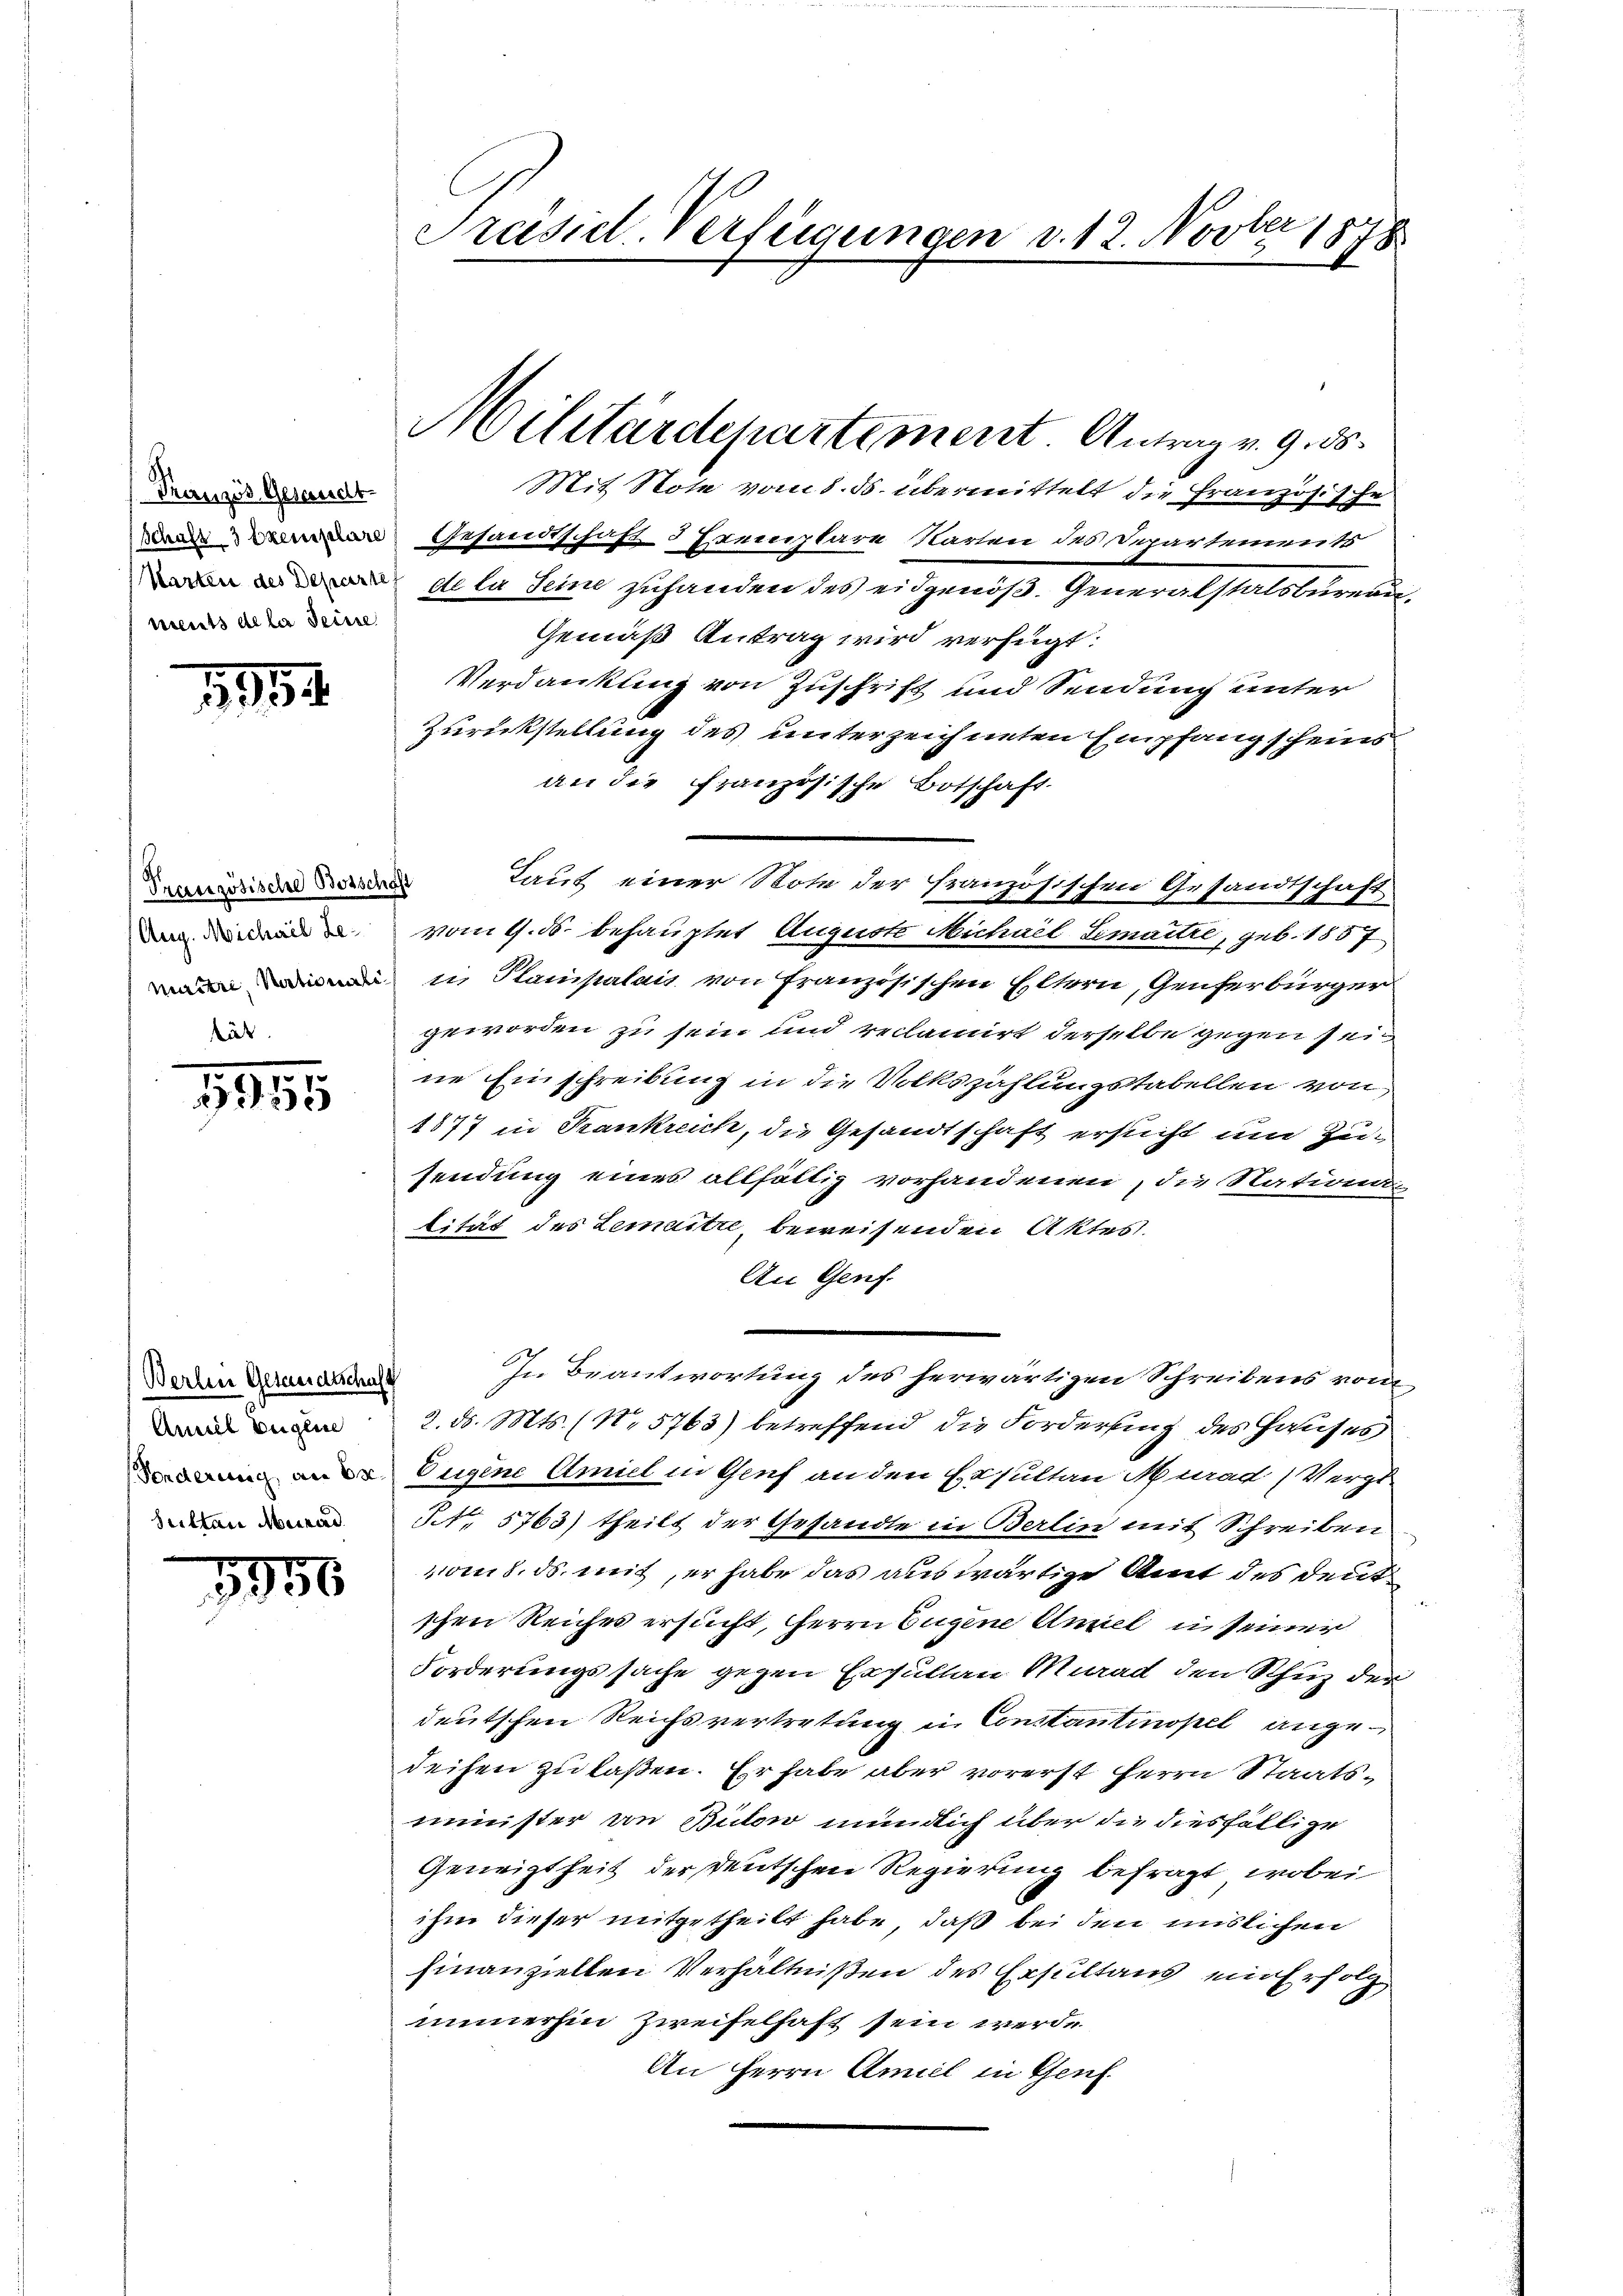
Französ. Gesandt-
ments de la Seine

1954

Pranzösische Botschaft

1895

Berlin Gesandtschaft
Annil beigene
Sultan Meirad.

1950

Präsid. Verfügungen v. 12. Novber 1878

Mit Note vom 8. ds. übermittelt die Französische
Gesandschaft 3 Exemplare Karten des Departement
dla Seine zuhanden des eidgenöß. Generalstalsbureau,
Gemäß Antrag wird verfügt:
Verdankung von Zuschrift und Sendung unter
Zurückstellung des unterzeichneten Empfang scheins
an die französische Botschaft.
 vom 9. ds. behauptet Auguste Michael Limaître, geb. 1857
 in Stampalais von französischen Eltern, Genferbürger
geworden zu sein und reclamirt derselbe gegen sein
ne Einschreibung in die Volkszählungstabellen von
1877 in Krankreich, die Gesandtschaft ersucht um Zusendung eines allfältig vorhandenen, die Nations-
tität des Lemaitre, beweisenden Aktest.
An Genf.
In Beantwortung des herwärtigen Schreibens vom
2. d. Mts. (N. 5763) betreffend die Forderung des Hauses
 Eugene Amiel in Genf anden Exsultan Neaad (Verge-
§. 5763) theilt der Gesandte in Berlin mit Schreiben
vom 8. ds. mit, er habe das auswärtige Amt des deut
schen Reiches ersucht, Herrn Eugene Anneli seiner
Forderungssache gegen Ersultan Murad den Schuz der
deutschen Reichsvertretung in Constantinopel angedeisen zu laßen. Er habe aber vorerst Herrn Staatsminister von Bilow mündlich über die diesfällige
Geneigtheit der deutschen Regierung befragt, wobei
ihm dieser mitgetheilt habe, daß bei den mislichen
finanziellen Verhältnißen des Ersultans ein Erfolg
immerhin Zweifelhaft sein werde
An Herrn Amiel in Genf.

Militärdepartement Antrag v. 9. ds.

Laut einer Note der französischen Gesandtschaft